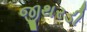
જીથરડી